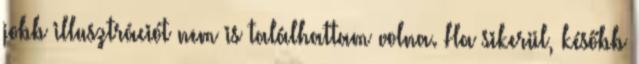
jobb illusztrációt nem is találhattam volna. Ha sikerül, később